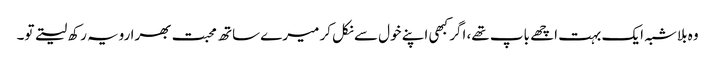
وہ بلاشبہ ایک بہت اچھے باپ تھے، اگر کبھی اپنے خول سے نکل کر میرے ساتھ محبت بھرا رویہ رکھ لیتے تو۔